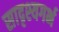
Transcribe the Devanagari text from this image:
सादृश्यगर्भ